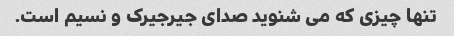
تنها چیزی که می شنوید صدای جیرجیرک و نسیم است.